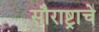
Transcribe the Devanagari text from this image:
सौराष्ट्राचे